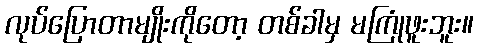
လုပ်ပြောတာမျိုးကိုတော့ တစ်ခါမှ မကြုံဖူးဘူး။